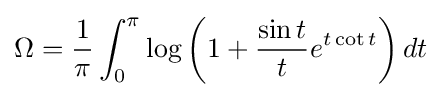
\Omega ={\frac {1}{\pi }}\int _{0}^{\pi }\log \left(1+{\frac {\sin t}{t}}e^{t\cot t}\right)dt